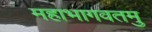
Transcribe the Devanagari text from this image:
महाभागवतमु